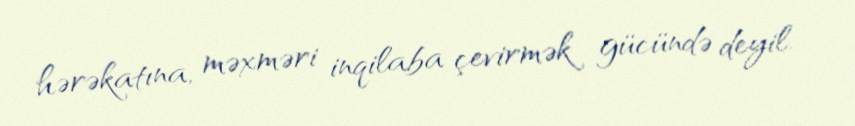
hərəkatına, məxməri inqilaba çevirmək gücündə deyil.